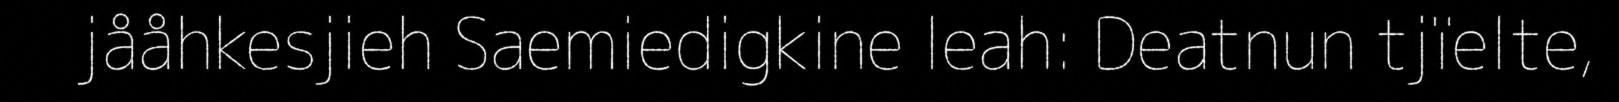
jååhkesjieh Saemiedigkine leah: Deatnun tjïelte,